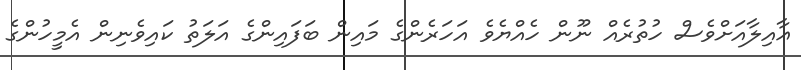
ޢާއިލާއަށްވެސް ހުތުރެއް ނޫން ހެއްޔެވެ އަހަރެންގެ މައިން ބަފައިންގެ އަލަތު ކައިވެނިން އެމީހުންގެ